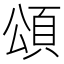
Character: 頌